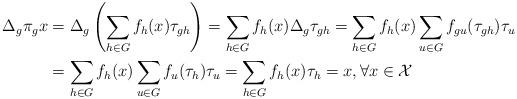
LaTeX: \begin{align*} \Delta_g\pi_g x &=\Delta_g \left(\sum_{h\in G}f_h(x) \tau_{gh} \right)=\sum_{h\in G}f_h(x) \Delta_g\tau_{gh}=\sum_{h\in G}f_h(x)\sum_{u\in G} f_{gu}(\tau_{gh}) \tau_u\\ &=\sum_{h\in G}f_h(x)\sum_{u\in G} f_{u}(\tau_{h}) \tau_u=\sum_{h\in G}f_h(x)\tau_h=x,\forall x \in \mathcal{X} \end{align*}